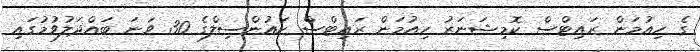
ގެ ހިއުމަން ރައިޓްސް ކޮމިޝަނަރު ހިއުމަން ރައިޓްސް ކައުންސިލްގެ 30 ވަނަ ބައްދަލުވުމުގައި